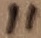
Text: 11